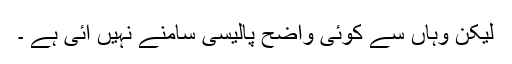
لیکن وہاں سے کوئی واضح پالیسی سامنے نہیں آئی ہے ۔